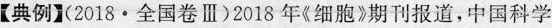
【典例】(2018·全国卷Ⅲ)2018年《细胞》期刊报道，中国科学